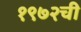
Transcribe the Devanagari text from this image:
१९७२ची